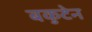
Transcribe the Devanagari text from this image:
बकुटेन